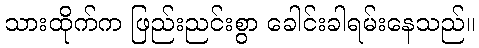
သားထိုက်က ဖြည်းညင်းစွာ ခေါင်းခါရမ်းနေသည်။